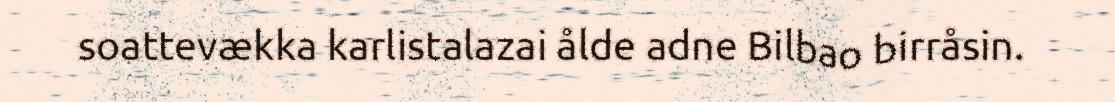
soattevækka karlistalazai ålde adne Bilbao birråsin.